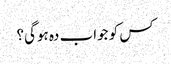
کس کو جواب دہ ہوگی؟